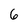
Character: 6